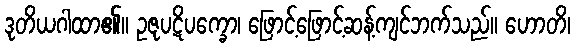
ဒုတိယဂါထာ၏။ ဥဇုပဋိပက္ခော၊ ဖြောင့်ဖြောင့်ဆန့်ကျင်ဘက်သည်။ ဟောတိ၊